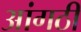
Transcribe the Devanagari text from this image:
आंगठी